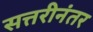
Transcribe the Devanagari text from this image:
सत्तरीनंतर